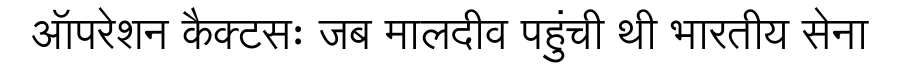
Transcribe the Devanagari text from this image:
ऑपरेशन कैक्टसः जब मालदीव पहुंची थी भारतीय सेना